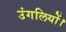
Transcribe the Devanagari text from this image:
उंगलियों।